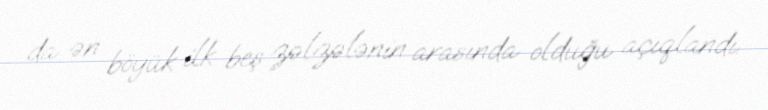
da ən böyük ilk beş zəlzələnin arasında olduğu açıqlandı.